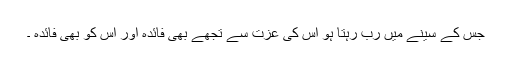
جس کے سینے میں رب رہتا ہو اس کی عزت سے تجھے بھی فائدہ اور اس کو بھی فائدہ ۔